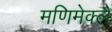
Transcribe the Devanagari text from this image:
मणिमेक्लै